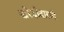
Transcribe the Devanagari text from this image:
खरेदीदाराने